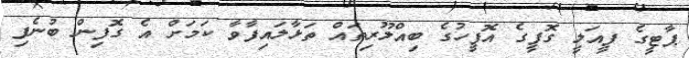
ޕާޓީގެ ފީއަލީ ގޮފީގެ އޮފީހުގެ ބިއްލޫރިތައް ތަޅާލައިފާވާ ކަމަށް އެ ގޮފިން ބުނެފި